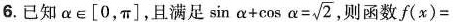
6.已知$$a\epsilon [0，\pi ]满足$$sin \alpha+cos\alpha=\sqrt{2}则函数f（x）=